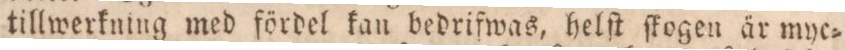
tillwerkning med fördel kan bedrifwas, helſt ſkogen är mye=